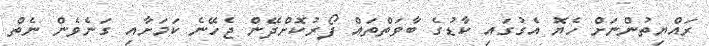
ރައްޔިތުންނަށް ހެޔޮ އެގުގައި ކާޑުގެ ބާވަތްތައް ފޯރުކޮށްދޭން ޖެހޭނެ ކަމަށާއި ގަނެވެން ނެތް